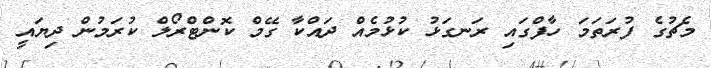
މެޗުގެ ފުރަތަމަ ހާފްގައި ރަނގަޅު ކުޅުމެއް ދައްކާ ގޭމް ކޮންޓްރޯލް ކުރަމުން ދިޔައީ